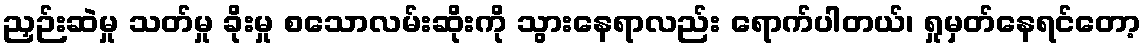
ညှဉ်းဆဲမှု သတ်မှု ခိုးမှု စသောလမ်းဆိုးကို သွားနေရာလည်း ရောက်ပါတယ်၊ ရှုမှတ်နေရင်တော့